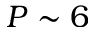
P \sim 6